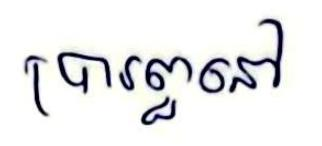
ប្រារព្ធនៅ